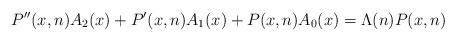
LaTeX: \begin{align*}P''(x,n)A_2(x) + P'(x,n)A_1(x) + P(x,n)A_0(x) = \Lambda(n)P(x,n)\end{align*}